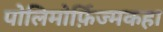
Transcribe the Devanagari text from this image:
पोलिमोर्फ़िज्मकहा